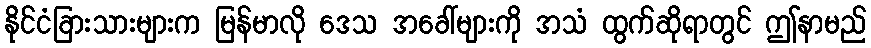
နိုင်ငံခြားသားများက မြန်မာလို ဒေသ အခေါ်များကို အသံ ထွက်ဆိုရာတွင် ဤနာမည်